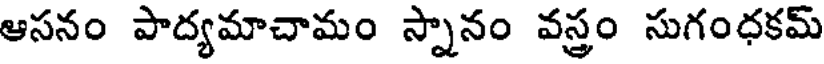
ఆసనం పాద్యమాచామం స్నానం వస్త్రం సుగంధకమ్